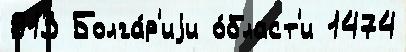
913 Болга́р'иjи о́бласт'и 1474